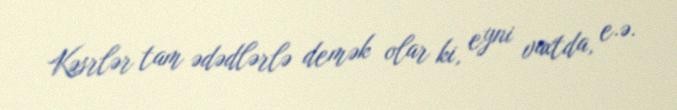
Kəsrlər tam ədədlərlə demək olar ki, eyni vaxtda, e.ə.